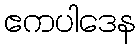
ဧကပါဒေန